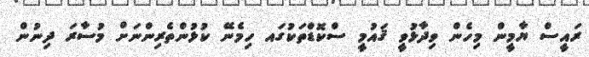
ރައީސް ޔާމީން މިހެން ވިދާޅުވީ ޤައުމީ ސްކޮޑްތަކުގައ ހިމެނޭ ކުޅުންތެރިންނަށް މުސާރަ ދިނުން